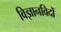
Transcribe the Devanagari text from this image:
विज्ञानविदों